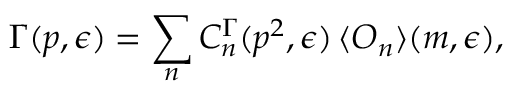
\Gamma ( p , \epsilon ) = \sum _ { n } C _ { n } ^ { \Gamma } ( p ^ { 2 } , \epsilon ) \, \langle { \cal O } _ { n } \rangle ( m , \epsilon ) ,